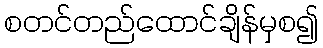
စတင်တည်ထောင်ချိန်မှစ၍